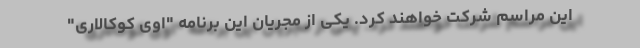
این مراسم شرکت خواهند کرد. یکی از مجریان این برنامه "اوی کوکالاری"